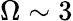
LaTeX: \Omega\sim 3